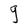
Character: g